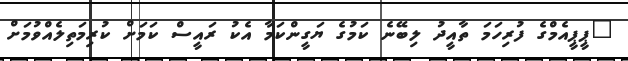
"ޕީޕީއެމްގެ ފުރިހަމަ ތާއީދު ލިބޭނެ ކަމުގެ ޔަގީންކަމާ އެކު ރައީސް ކަމަށް ކުރިމަތިލެއްވުމަށް